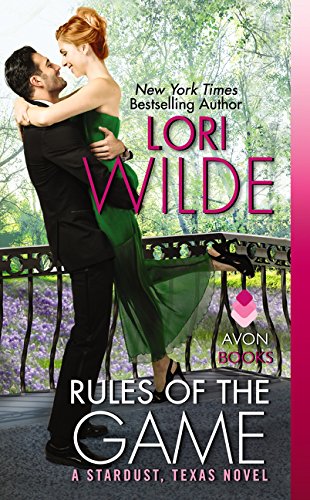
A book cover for Rules of the Game: A Stardust, Texas Novel; Lori Wilde; Romance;